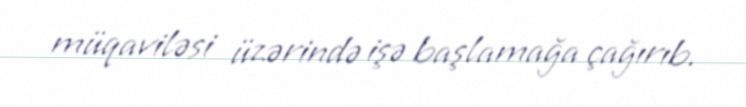
müqaviləsi üzərində işə başlamağa çağırıb.